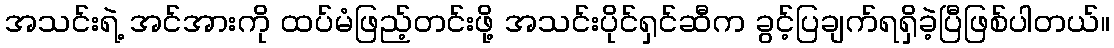
အသင်းရဲ့ အင်အားကို ထပ်မံဖြည့်တင်းဖို့ အသင်းပိုင်ရှင်ဆီက ခွင့်ပြချက်ရရှိခဲ့ပြီဖြစ်ပါတယ်။